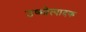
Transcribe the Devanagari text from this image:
उष्मोत्पादक